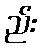
ည်း